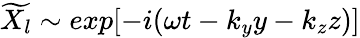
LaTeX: \widetilde{X_{l}}\sim exp[-i(\omega t-k_{y}y-k_{z}z)]